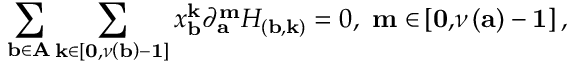
\sum _ { \mathbf { b \in A } } \sum _ { \mathbf { k \in } \left[ \mathbf { 0 , } \nu \left( \mathbf { b } \right) - \mathbf { 1 } \right] } x _ { \mathbf { b } } ^ { \mathbf { k } } \partial _ { \mathbf { a } } ^ { \mathbf { m } } H _ { \left( \mathbf { b , k } \right) } = 0 , \mathbf { ~ m \in } \left[ \mathbf { 0 , } \nu \left( \mathbf { a } \right) - \mathbf { 1 } \right] ,